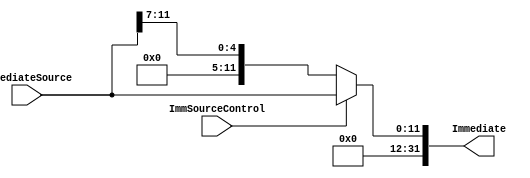
module immediateExtender(input wire ImmSourceControl,
input wire [11:0]ImmediateSource,
output reg [31:0]Immediate);

always @(ImmSourceControl,ImmediateSource)begin
	if(ImmSourceControl==1)begin
	Immediate={20'h00000,ImmediateSource};
	end else begin
	Immediate={24'h000000,ImmediateSource[11:7]};
	
	end
	

end


endmodule